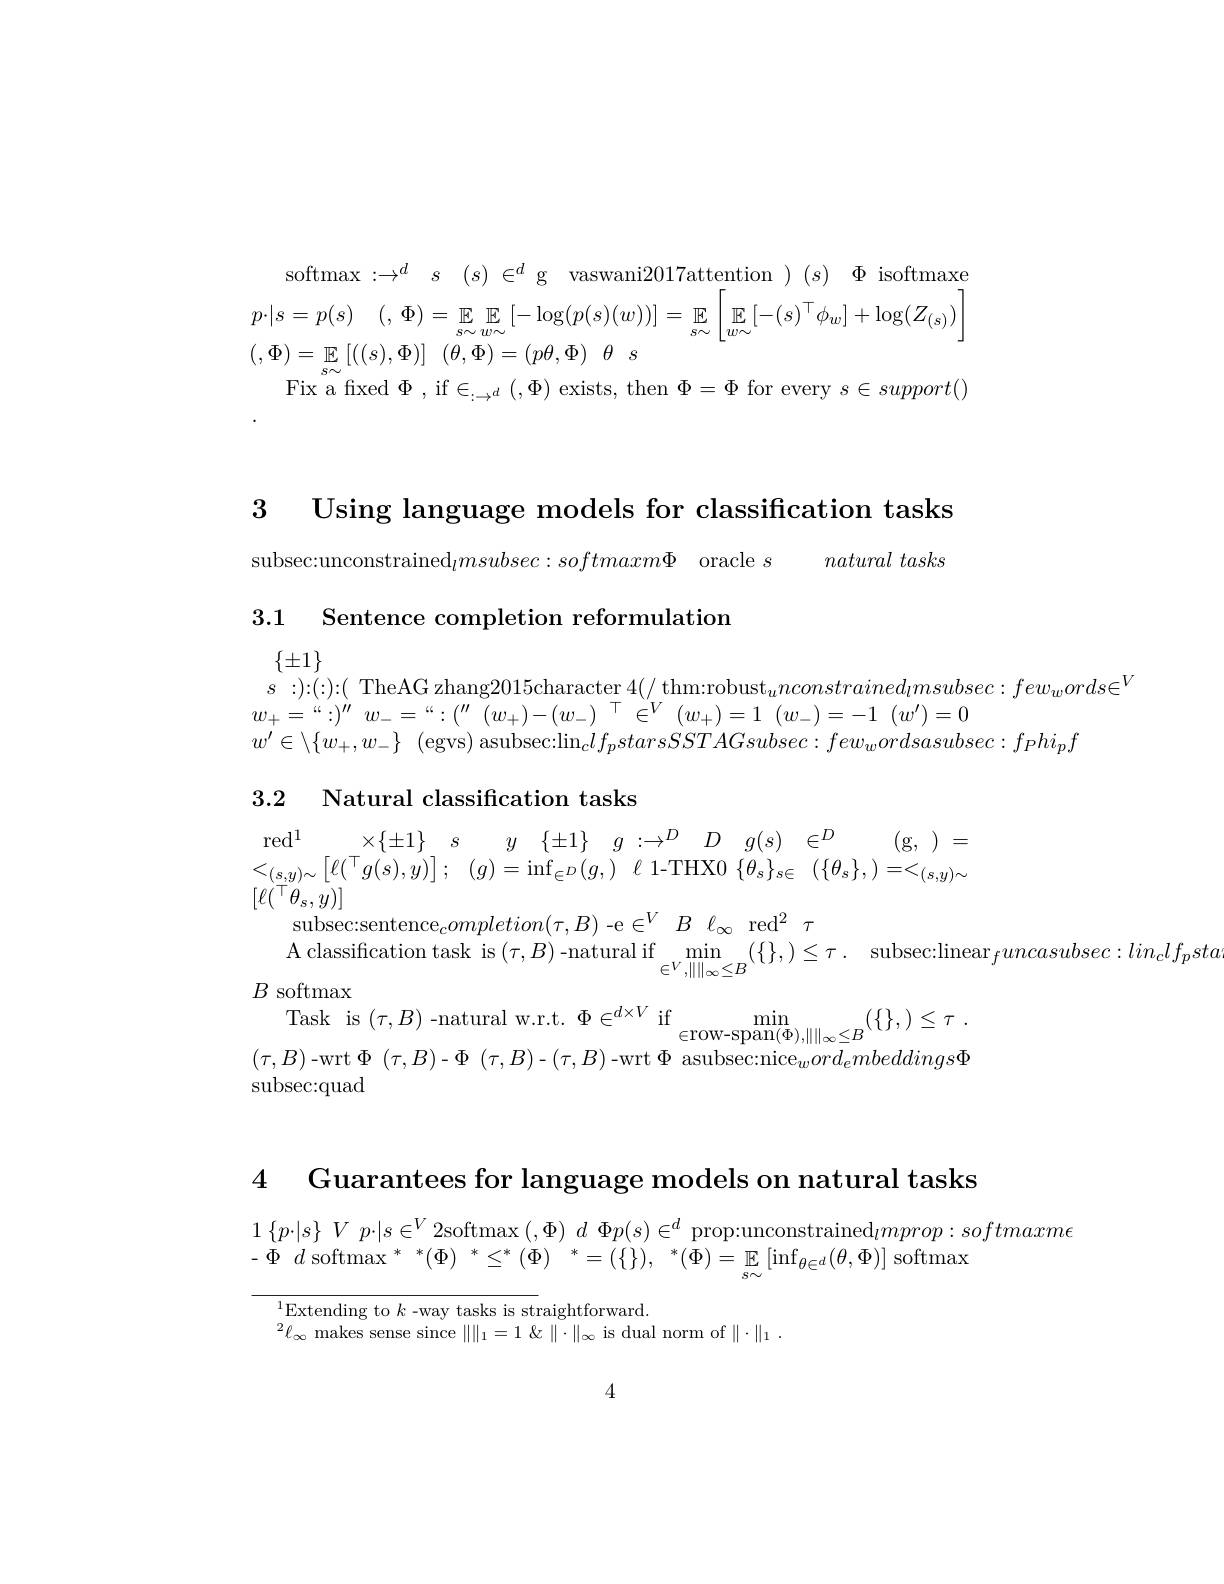
softmax$: \to ^d$ $s$ $( s) \in ^d$g vaswani2017attention $( s)$ $\Phi$isoftmaxe $p\cdot | s= p( s)$ (, $\Phi ) =$ $\mathbb{E}$ $\mathbb{E}$ $[ - \log ( p( s) ( w) ) ] =$ $\mathbb{E}$ | $\mathbb{E}$ $[ - ( s) ^{\top }\phi _w] + \log ( Z_{( s) })$ $( , \Phi ) = \underline {{\mathbb{E} }}\left [ ( ( s) , \Phi ) \right ]$ $( \theta , \Phi ) = ( p\theta , \Phi )$ $\theta$ $s$
Fix a fixed $\Phi$, if$\in_:\to^d(,\Phi)$ exists, then $\Phi=\Phi$ for every $s\in support()$

3 Using language models for classification tasks

$\mathrm{subsec: unconstrained}_{l}msubsec: softmaxm\Phi$ oracle $s$ naturaltasks

3.1 Sentence completion reformulation
$$\{\pm1\}\\s:):(:):(\text{ TheAG zhang2015character 4(/ thm:robust}_{u}nconstrained_{l}msubsec:few_{w}ords\in^{V}\\w_{+}=“:”)''\quad w_{-}=“:''''(w_{+})-(w_{-})^{\top}\in^{V}(w_{+})=1\quad(w_{-})=-1\quad(w^{\prime})=0\\w^{\prime}\in\setminus\{w_{+},w_{-}\}\:(\mathrm{egvs})\:\mathrm{asubsec:lin}_{c}lf_{p}starsSSTAGsubsec:few_{w}ordsasubsec:f_{P}hi_{p}f$$
### 3.2 Natural classification tasks
$$\begin{array}{cccccccc}\mathrm{red}^1&\times\{\pm1\}&s&y&\{\pm1\}&g&:\to^D&D&g(s)&\in^D&(g,&)\end{array}$$
Task is $(\tau,B)$-natural w.r.t.$\Phi\in^d\times V$ if$\min_{\in\mathrm{row-span}(\Phi),\|\|_\infty<B}(\{\},)\leq\tau$ $(\tau,B)$-wrt$\Phi(\tau,B)-\Phi(\tau,B)-(\tau,B)$-wrt$\Phi$asubsec:nice$_word_embeddings\Phi$ subsec:quad

4 Guarantees for language models on natural tasks

$\begin{array}{l}{1\left\{p\cdot|s\right\}V\:p\cdot|s\in^{V}2\mathrm{softmax~}(,\Phi)\:d\:\Phi p(s)\in^{d}\:\mathrm{prop:unconstrained}_{l}mprop:softmaxm\epsilon}\\{-\Phi\:d\:\mathrm{softmax~}^{*}*(\Phi)\:*\leq^{*}(\Phi)\:*=(\{\}),\:*(\Phi)=\:\mathbb{E}\:[\inf_{\theta\in^{d}}(\theta,\Phi)]\:\mathrm{softmax}}\end{array}$

$^{1}$Extending to $k$ -way tasks is straightforward.
$^{2}\ell_{\infty}$ makes sense since $\|\|_1=1\&\|\cdot\|_{\infty}$ is dual norm of $\|\cdot\|_1.$

4